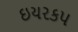
ઇયરકપ